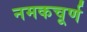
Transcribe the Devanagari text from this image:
नमकचूर्ण